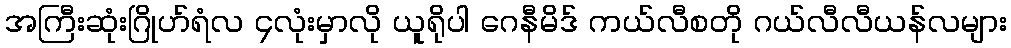
အကြီးဆုံးဂြိုဟ်ရံလ ၄လုံးမှာလို ယူရိုပါ ဂေနီမိဒ် ကယ်လီစတို ဂယ်လီလီယန်လများ